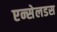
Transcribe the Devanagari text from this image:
एन्सेलडस